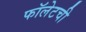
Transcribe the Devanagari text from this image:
फॉलेटची